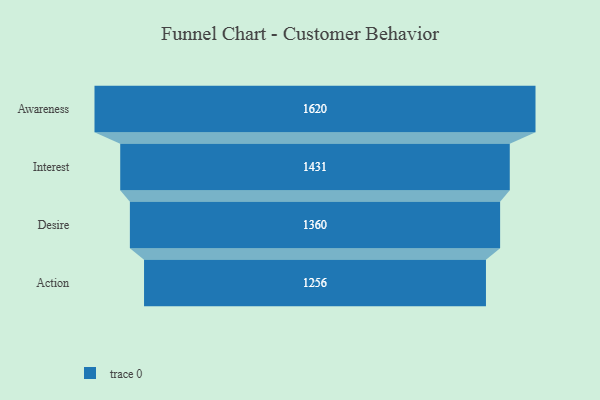
{"axis": {"x": "Stage", "y": "Value"}, "legend": [""], "data": [{"x": "Awareness", "y": 1620.0, "type": ""}, {"x": "Interest", "y": 1431.0, "type": ""}, {"x": "Desire", "y": 1360.0, "type": ""}, {"x": "Action", "y": 1256.0, "type": ""}]}